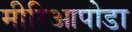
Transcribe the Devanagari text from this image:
मीरिआपोडा